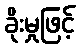
ခိုးမှုဖြင့်